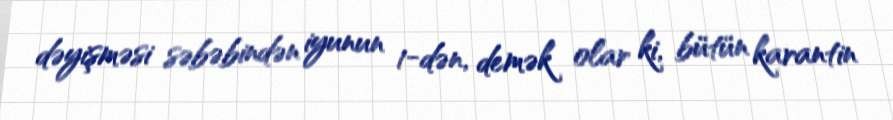
dəyişməsi səbəbindən iyunun 1-dən, demək olar ki, bütün karantin